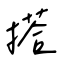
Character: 搭